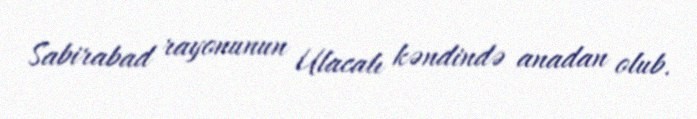
Sabirabad rayonunun Ulacalı kəndində anadan olub.